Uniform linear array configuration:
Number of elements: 24
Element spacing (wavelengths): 0.5
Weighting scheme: uniform
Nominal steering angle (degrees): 45
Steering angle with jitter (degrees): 44.994
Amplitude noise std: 0.05
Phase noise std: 0.05

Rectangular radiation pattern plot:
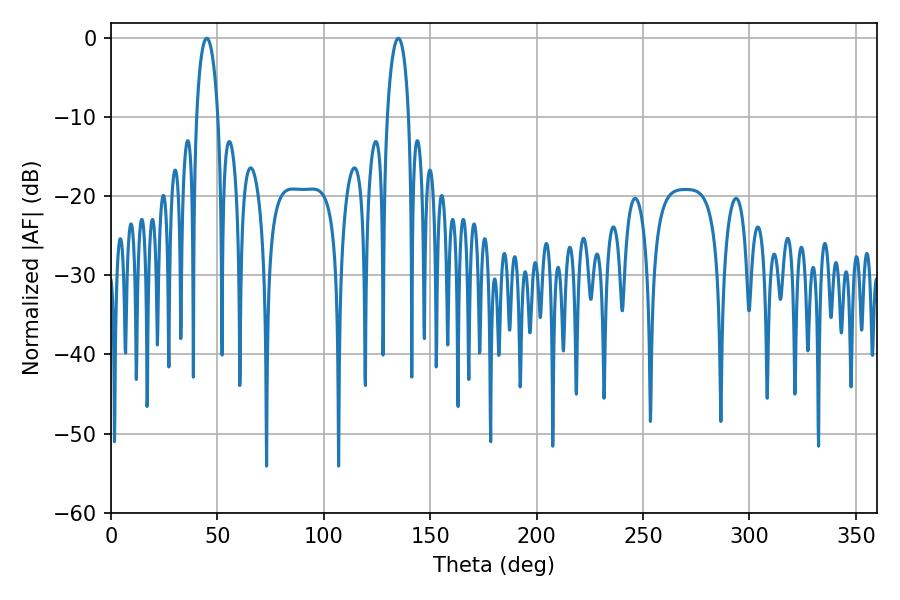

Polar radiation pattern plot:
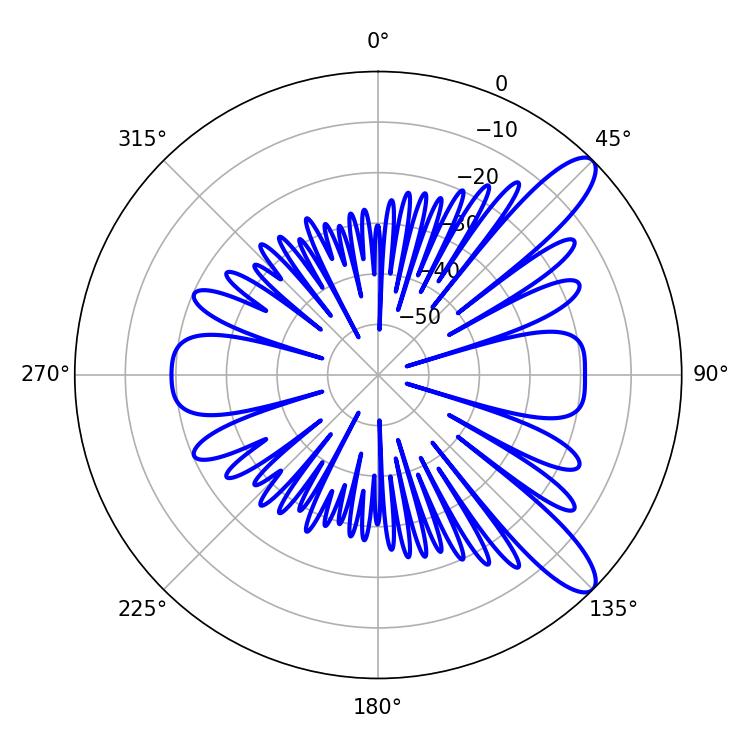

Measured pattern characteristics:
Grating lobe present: FALSE
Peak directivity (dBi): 10.906
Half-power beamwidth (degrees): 5.76
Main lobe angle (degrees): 45